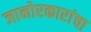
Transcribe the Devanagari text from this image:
जानोरकारांचा